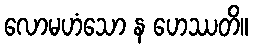
လောမဟံသော န ဟေဿတိ။